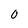
Character: 0